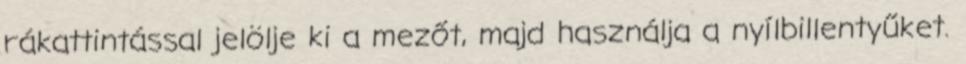
rákattintással jelölje ki a mezőt, majd használja a nyílbillentyűket.